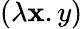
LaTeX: (\lambda\mathbf{x}.y)